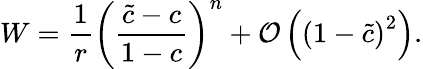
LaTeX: W=\frac{1}{r}\left(\frac{\tilde{c}-c}{1-c}\right)^{n}+\mathcal{O}\left(\left(1-\tilde{c}\right)^{2}\right).